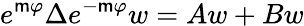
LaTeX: e^{\mathsf{m}\varphi}\Delta e^{-\mathsf{m}\varphi}w=Aw+Bw